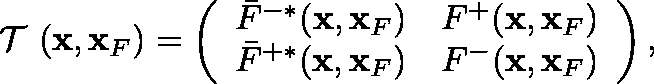
\begin{array} { r } { { { { \mathrm { \boldmath ~ { \cal ~ T } ~ } } } } ( { \bf x } , { \bf x } _ { F } ) = \left( \begin{array} { l l } { \bar { F } ^ { - * } ( { \bf x } , { \bf x } _ { F } ) } & { F ^ { + } ( { \bf x } , { \bf x } _ { F } ) } \\ { \bar { F } ^ { + * } ( { \bf x } , { \bf x } _ { F } ) } & { F ^ { - } ( { \bf x } , { \bf x } _ { F } ) } \end{array} \right) , } \end{array}